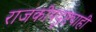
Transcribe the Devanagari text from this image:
राजकीयदृष्ट्याही